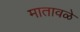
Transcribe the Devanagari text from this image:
मातावळे